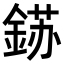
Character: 𮢈